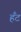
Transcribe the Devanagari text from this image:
हँट